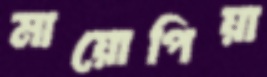
মায়োপিয়া